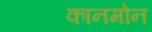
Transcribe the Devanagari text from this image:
कानमोन